Vaccination in Burma 1920-1933 - 1920-1933
Year: 1920
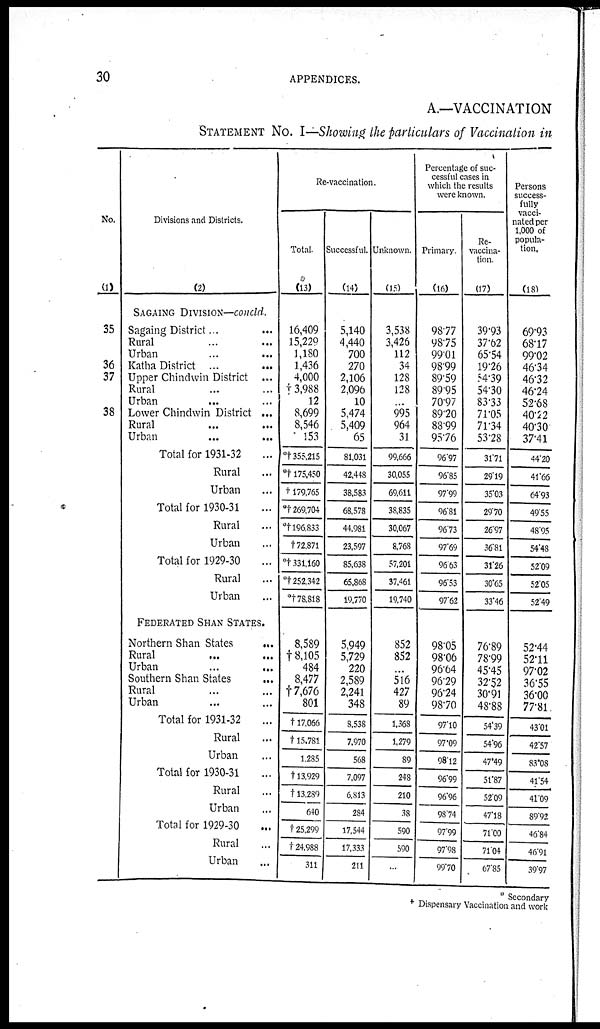
30
APPENDICES.
A.—VACCINATION
STATEMENT NO. I—Showing the particulars of Vaccination in
No.
(1)
35
36
37
38
Divisions and Districts.
(2)
SAGAING DIVISION—concld.
Sagaing District ... ...
Rural ... ...
Urban ... ...
Katha District
...
...
Upper Chindwin District ...
Rural ... ...
Urban ... ...
Lower Chindwin District ...
Rural ... ...
Urban
...
...
Total for 1931-32 ...
Rural ...
Urban ...
Total for 1930-31 ...
Rural ...
Urban ...
Total for 1929-30 ...
Rural ...
Urban ...
FEDERATED SHAN STATES.
Northern Shan States
...
Rural ...
Urban ...
Southern Shan States ...
Rural ...
Urban ...
Total for 1931-32 ...
Rural ...
Urban ...
Total for 1930-31 ...
Rural ...
Urban ...
Total for 1929-30 ...
Rural ...
Urban ...
Re-vaccination.
Total.
(13)
16,409
15,229
1,180
1,436
4,000
† 3,988
12
8,699
8,546
153
*† 355,215
*† 175,450
†179,765
*† 269,704
*† 196,833
†72,871
*†331,160
*† 252,342
*†78,818
8,589
†8,105
484
8,477
†7,676
801
†17,066
†15,781
1,285
†13,929
†13,280
640
† 25,299
† 24,988
311
Successful.
(14)
5,140
4,440
700
270
2,106
2,096
10
5,474
5,409
65
81,031
42,448
38,583
68,578
44,981
23,597
85,638
65,868
19,770
5,949
5,729
220
2,589
2,241
348
8,538
7,970
568
7,097
6,813
284
17,544
17,333
211
Unknown.
(15)
3,538
3,426
112
34
128
128
...
995
964
31
99,666
30,055
69,611
38,835
30,067
8,768
57,201
37,461
19,740
852
852
...
516
427
89
1,368
1,279
89
248
210
38
590
590
...
Percentage of suc-
cessful cases in
which the results
were known.
Primary.
(16)
98.77
98.75
99.01
98.99
89.59
89.95
70.97
89.20
88.99
95.76
96.97
96.85
97.99
96.81
96.73
97.69
96.63
96.53
97.62
98.05
98.06
96.64
96.29
96.24
98.70
97.10
97.09
98.12
96.99
96.96
98.74
97.99
97.98
99.70
Re-
vaccina-
tion.
(17)
39.93
37.62
65.54
19.26
54.39
54.30
83.33
71.05
71.34
53.28
31.71
29.19
35.03
29.70
26.97
36.81
31.26
30.65
33.46
76.89
78.99
45.45
32.52
30.91
48.88
54.39
54.96
47.49
51.87
52.09
47.18
71.00
71.04
67.85
Persons
success-
fully
vacci-
nated per
1,000 of
popula-
tion.
(18)
69.93
68.17
99.02
46.34
46.32
46.24
52.68
40.22
40.30
37.41
44.20
41.66
64.93
49.55
48.95
54.48
52.09
52.05
52.49
52.44
52.11
97.02
36.55
36.00
77.81
43.01
42.57
83.08
41.54
41.09
89.92
46.84
46.91
39.97
* Secondary
† Dispensary Vaccination and work